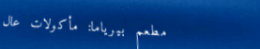
مطعم بيرياما: مأكولات عال